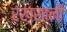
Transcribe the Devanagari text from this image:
रख़सानी